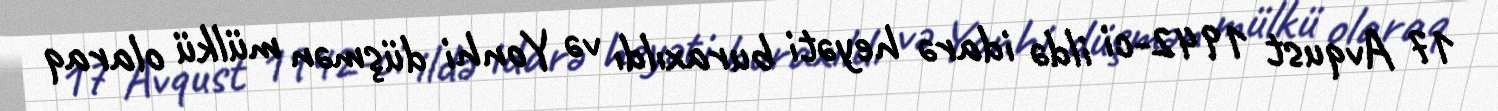
17 Avqust 1942-ci ildə idarə heyəti buraxıldı və Yonhi düşmən mülkü olaraq